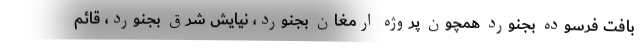
بافت فرسوده بجنورد همچون پروژه ارمغان بجنورد، نیایش شرق بجنورد، قائم